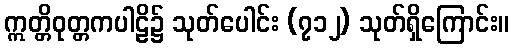
ဣတ္တိဝုတ္တကပါဠိ၌ သုတ်ပေါင်း (၇၁၂) သုတ်ရှိကြောင်း။